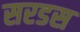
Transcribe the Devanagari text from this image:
सरडस